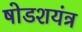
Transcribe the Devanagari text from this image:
षोडशयंत्र